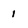
Character: 1